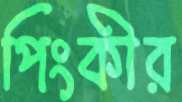
পিংকীর